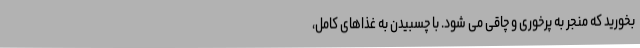
بخورید که منجر به پرخوری و چاقی می شود. با چسبیدن به غذاهای کامل،